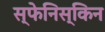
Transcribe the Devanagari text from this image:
स्फेनिस्किन